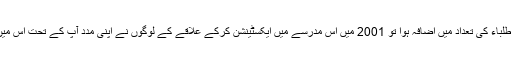
جبکہ مدرسے کی بنیاد 1986 میں رکھی گئی جب طلباء کی تعداد میں اضافہ ہوا تو 2001 میں اس مدرسے میں ایکسٹینشن کرکے علاقے کے لوگوں نے اپنی مدد آپ کے تحت اس میں کمرے بنائے اور اس کے لیے مفت جگہ فراہم کیا۔